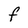
Character: F